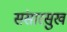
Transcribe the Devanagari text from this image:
संसारसुख